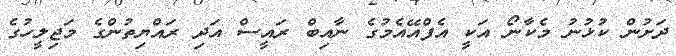
ދަށުން ކުޅުނު މެކާނޯ އަކީ އެފްއޭއެމުގެ ނާއިބް ރައީސް އަދި ރައްޔިތުންގެ މަޖިލީހުގެ